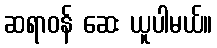
ဆရာဝန် ဆေး ယူပါမယ်။